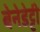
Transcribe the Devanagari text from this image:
बेनेडेट्टी